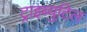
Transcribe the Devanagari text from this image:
ट्राइब्युटिल